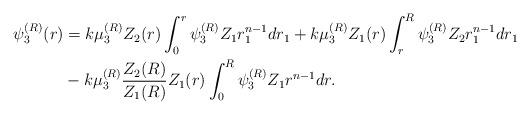
LaTeX: \begin{align*} \psi_3^{(R)}(r) &= k\mu_3^{(R)}Z_2(r)\int_0^r\psi_3^{(R)}Z_1r_1^{n-1}dr_1 + k\mu_3^{(R)}Z_1(r)\int_r^R\psi_3^{(R)}Z_2r_1^{n-1}dr_1 \\ & - k\mu_3^{(R)} \frac{Z_2(R)}{Z_1(R)} Z_1(r) \int_0^R\psi_3^{(R)}Z_1r^{n-1}dr. \end{align*}